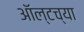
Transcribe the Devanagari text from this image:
ऑल्टच्या